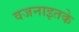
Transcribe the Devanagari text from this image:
वजनाइतके